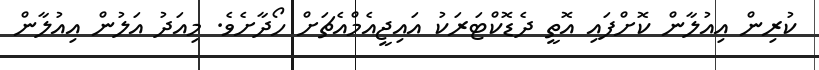
ކުރިން އިއުލާން ކޮށްފައި އޮތީ ދެޑޮކްޓަރަކު އައިޖީއެމްއެޗަށް ހޯދާށެވެ. މިއަދު އަލުން އިއުލާން